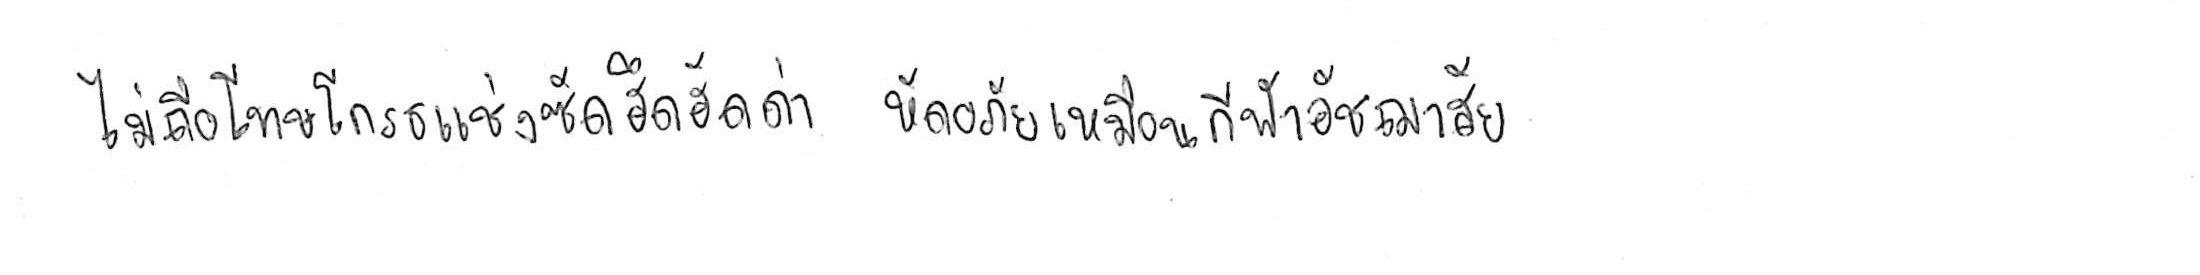
ไม่ถือโทษโกรธแช่งซัดฮึดฮัดด่า หัดอภัยเหมือนกีฬาอัชฌาสัย